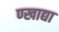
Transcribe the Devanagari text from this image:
ण्खाद्या